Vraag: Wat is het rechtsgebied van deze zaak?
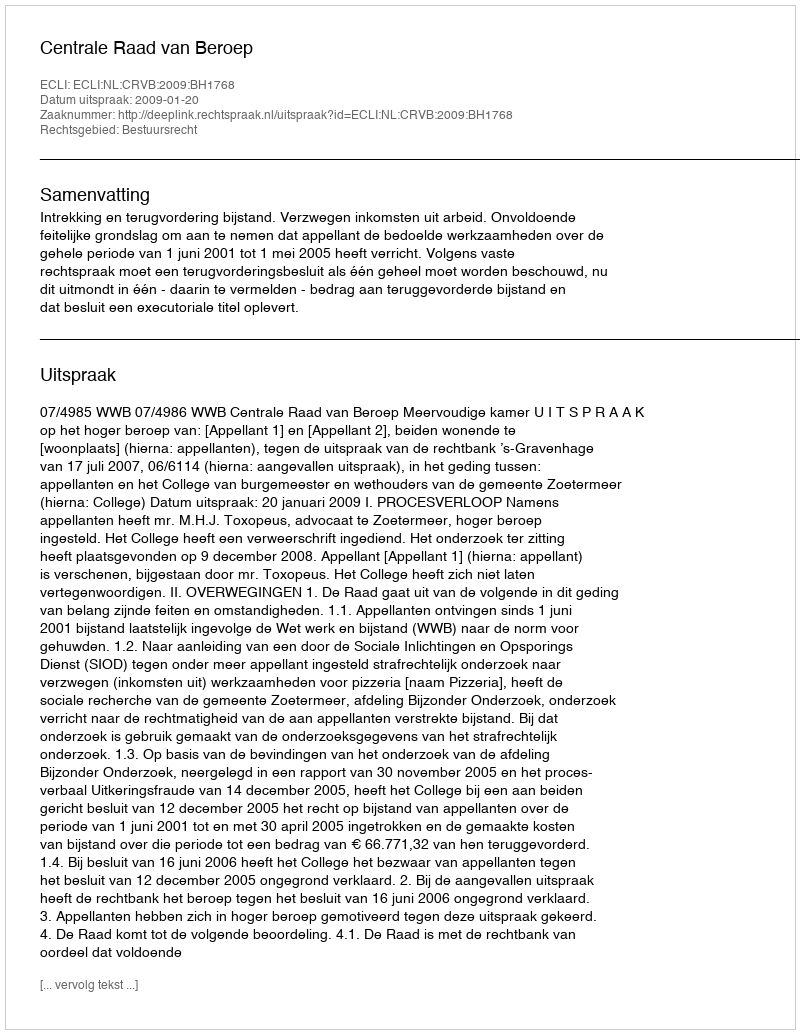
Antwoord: Bestuursrecht